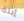
إبنة